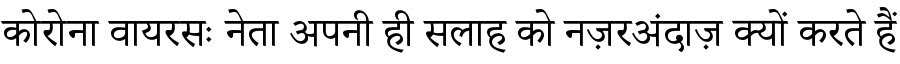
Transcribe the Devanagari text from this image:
कोरोना वायरसः नेता अपनी ही सलाह को नज़रअंदाज़ क्यों करते हैं